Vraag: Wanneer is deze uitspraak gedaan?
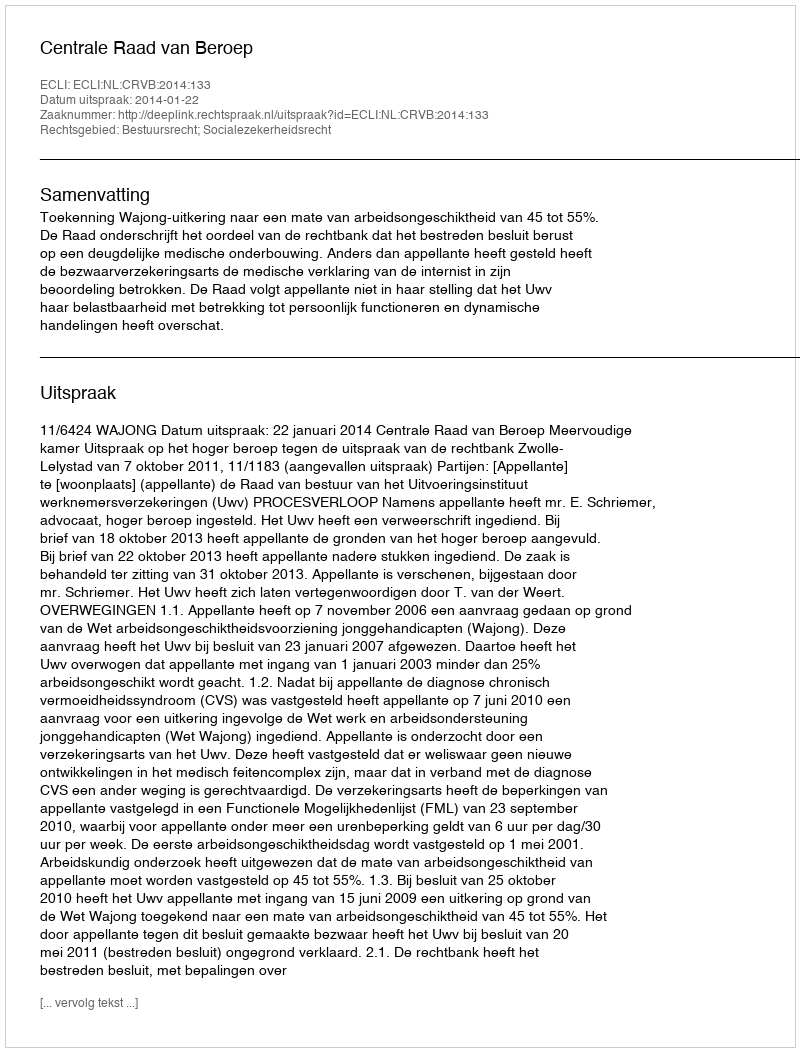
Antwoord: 2014-01-22